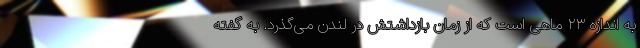
به اندازه ۲۳ ماهی است که از زمان بازداشتش در لندن می‌گذرد. به گفته